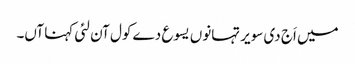
میں اَج دی سویر تہانوں یسوع دے کول آن لئی کہنا آں۔